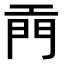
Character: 𫔙